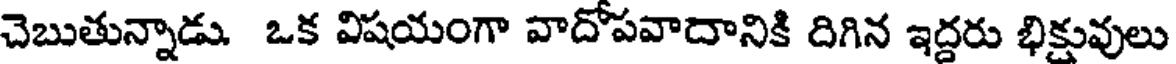
చెబుతున్నాడు. ఒక విషయంగా వాదోపవాదానికి దిగిన ఇద్దరు భిక్షువులు